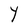
Character: Y